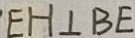
E H \bot B E